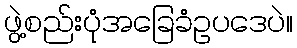
ဖွဲ့စည်းပုံအခြေခံဥပဒေပဲ။